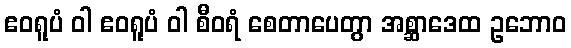
ဧဝရူပံ ဝါ ဧဝရူပံ ဝါ စီဝရံ စေတာပေတွာ အစ္ဆာဒေထ ဥဘောဝ